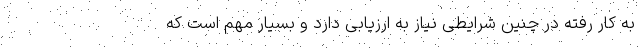
به کار رفته در چنین شرایطی نیاز به ارزیابی دارد و بسیار مهم است که